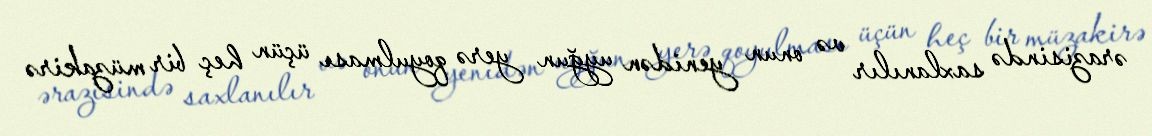
ərazisində saxlanılır və onun yenidən uyğun yerə qoyulması üçün heç bir müzakirə